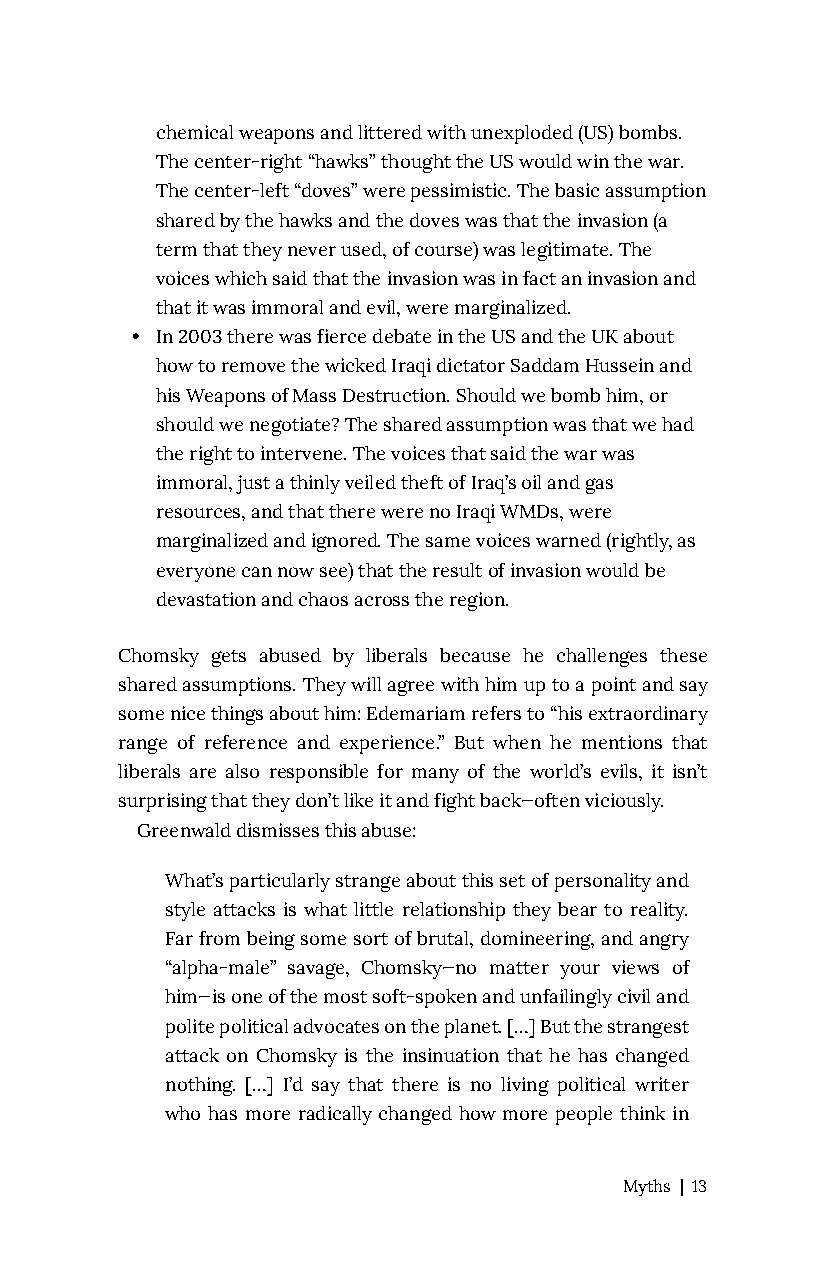
chemical weapons and littered with unexploded (US) bombs.
 The center-right “hawks” thought the US would win the war.
 The center-left “doves” were pessimistic. The basic assumption
 shared by the hawks and the doves was that the invasion (a
 term that they never used, of course) was legitimate. The
 voices which said that the invasion was in fact an invasion and
 that it was immoral and evil, were marginalized.
 • In 2003 there was fierce debate in the US and the UK about
 how to remove the wicked Iraqi dictator Saddam Hussein and
 his Weapons of Mass Destruction. Should we bomb him, or
 should we negotiate? The shared assumption was that we had
 the right to intervene. The voices that said the war was
 immoral, just a thinly veiled theft of Iraq’s oil and gas
 resources, and that there were no Iraqi WMDs, were
 marginalized and ignored. The same voices warned (rightly, as
 everyone can now see) that the result of invasion would be
 devastation and chaos across the region.
 Chomsky gets abused by liberals because he challenges these
 shared assumptions. They will agree with him up to a point and say
 some nice things about him: Edemariam refers to “his extraordinary
 range of reference and experience.” But when he mentions that
 liberals are also responsible for many of the world’s evils, it isn’t
 surprising that they don’t like it and fight back—often viciously.
 Greenwald dismisses this abuse:
 What’s particularly strange about this set of personality and
 style attacks is what little relationship they bear to reality.
 Far from being some sort of brutal, domineering, and angry
 “alpha-male” savage, Chomsky—no matter your views of
 him—is one of the most soft-spoken and unfailingly civil and
 polite political advocates on the planet. […] But the strangest
 attack on Chomsky is the insinuation that he has changed
 nothing. […] I’d say that there is no living political writer
 who has more radically changed how more people think in
 Myths | 13